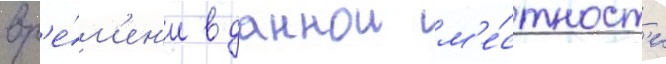
вр'е́м'ен'и в даннои м'е́стност'и